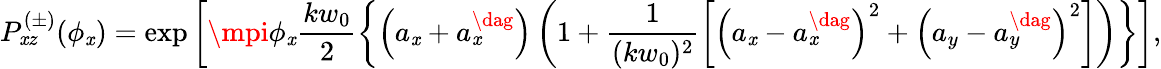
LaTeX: P_{\mathit{x}z}^{(\pm)}(\phi_{\mathit{x}})=\exp\left[\mpi\phi_{\mathit{x}}\frac{{kw_{0}}}{{2}}\left\{ \left(a_{\mathit{x}}+a_{\mathit{x}}^{\dag}\right)\left(1+\frac{{1}}{{(kw_{0})^{2}}}\left[\left(a_{\mathit{x}}-a_{\mathit{x}}^{\dag}\right)^{2}+\left(a_{y}-a_{y}^{\dag}\right)^{2}\right]\right)\right\} \right],